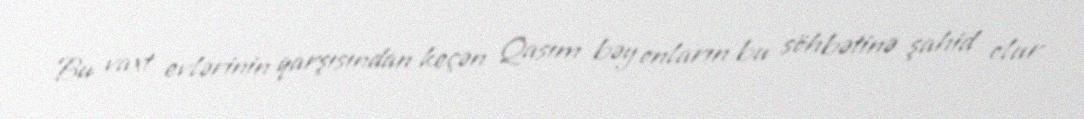
Bu vaxt evlərinin qarşısından keçən Qasım bəy onların bu söhbətinə şahid olur